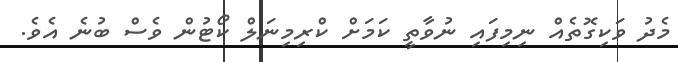
މެދު ވަކިގޮތެއް ނިމިފައި ނުވާތީ ކަމަށް ކްރިމިނަލް ކޯޓުން ވެސް ބުނެ އެވެ.